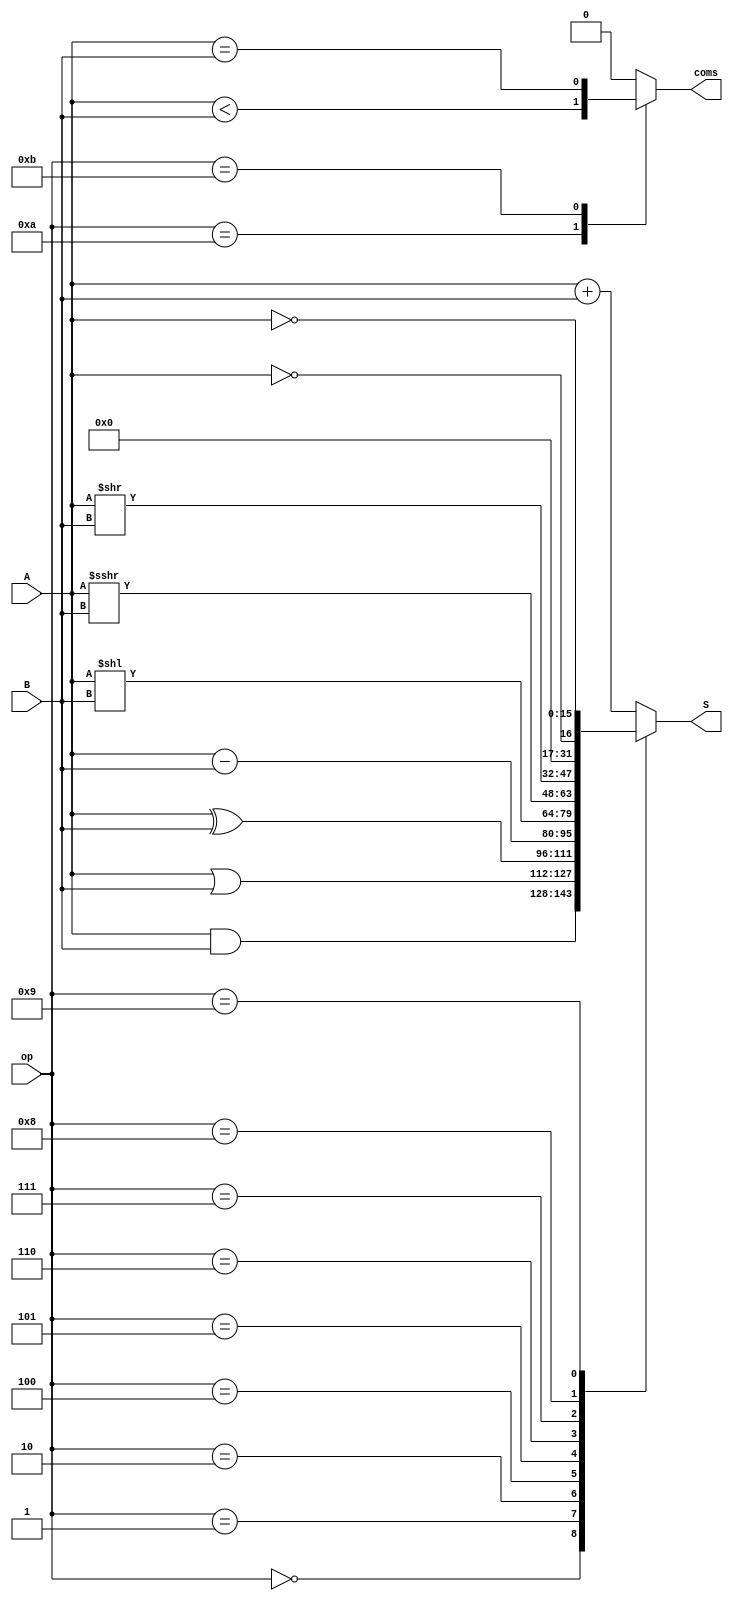
// Done ALU

module ALU(A, B, op, S, coms);
input [15:0]A, B;
input [3:0]op;
output coms;
output [15:0]S;

reg [15:0]S;
reg coms;
wire signed [15:0] SA = A;

parameter AND = 4'b0000,
	   OR = 4'b0001,
	  XOR = 4'b0010,
    	  ADD = 4'b0011,
	  SUB = 4'b0100,
	  SLL = 4'b0101,
	  SRA = 4'b0110,
	  SRL = 4'b0111,
	  NOT = 4'b1000,
	  COM = 4'b1001,
	  SLT = 4'b1010,
	  SOE = 4'b1011;

always@(*)begin
	case(op)
		AND: S = A & B;//Overflow issue
		OR:  S = A | B;
		XOR: S = A ^ B;
		ADD: S = A + B;
		SUB: S = A - B;
		SLL: S = A << B;
		SRA: S = SA >>> B;  //(Arithmetic) shift rihgt with adding the sign bit 
		SRL: S = A >> B; // (Logic)
		NOT: S = !A; // only one bit true or fulse
		COM: S = ~A; //
		default: S = A + B;
	endcase
end

always@(*)begin
	case(op)
		SLT: coms = A < B;
		SOE: coms = A == B;
		default: coms = 1'b0;
	endcase
end


	
		

endmodule